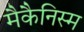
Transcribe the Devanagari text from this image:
मैकैनिस्म